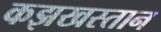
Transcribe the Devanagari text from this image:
कझखस्तान